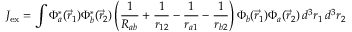
J _ { \mathrm { { e x } } } = \int \Phi _ { a } ^ { * } ( { \vec { r } } _ { 1 } ) \Phi _ { b } ^ { * } ( { \vec { r } } _ { 2 } ) \left( { \frac { 1 } { R _ { a b } } } + { \frac { 1 } { r _ { 1 2 } } } - { \frac { 1 } { r _ { a 1 } } } - { \frac { 1 } { r _ { b 2 } } } \right) \Phi _ { b } ( { \vec { r } } _ { 1 } ) \Phi _ { a } ( { \vec { r } } _ { 2 } ) \, d ^ { 3 } r _ { 1 } \, d ^ { 3 } r _ { 2 }